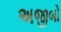
અજીબો